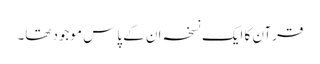
قرآن کا ایک نسخہ ان کے پاس موجود تھا۔